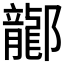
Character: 𫑰